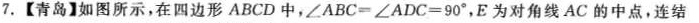
7.【青岛】如图所示，在四边形ABCD中，$$∠ A B C =∠ A D C =90°$$，E为对角线AC的中点，连结B